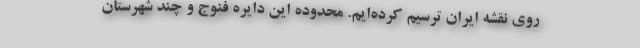
روی نقشه ایران ترسیم کرده‌ایم. محدوده این دایره فنوج و چند شهرستان